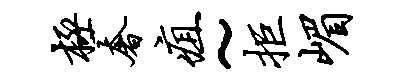
极奢疽~拒嵋